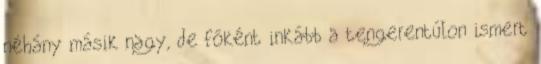
néhány másik nagy, de főként inkább a tengerentúlon ismert